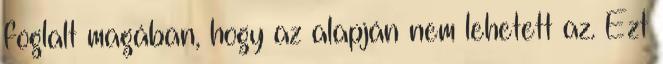
foglalt magában, hogy az alapján nem lehetett az. Ezt